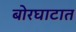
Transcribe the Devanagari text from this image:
बोरघाटात